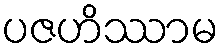
ပဇဟိဿာမ